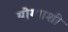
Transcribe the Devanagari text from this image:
योग्याशी